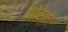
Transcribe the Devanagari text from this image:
बोसा